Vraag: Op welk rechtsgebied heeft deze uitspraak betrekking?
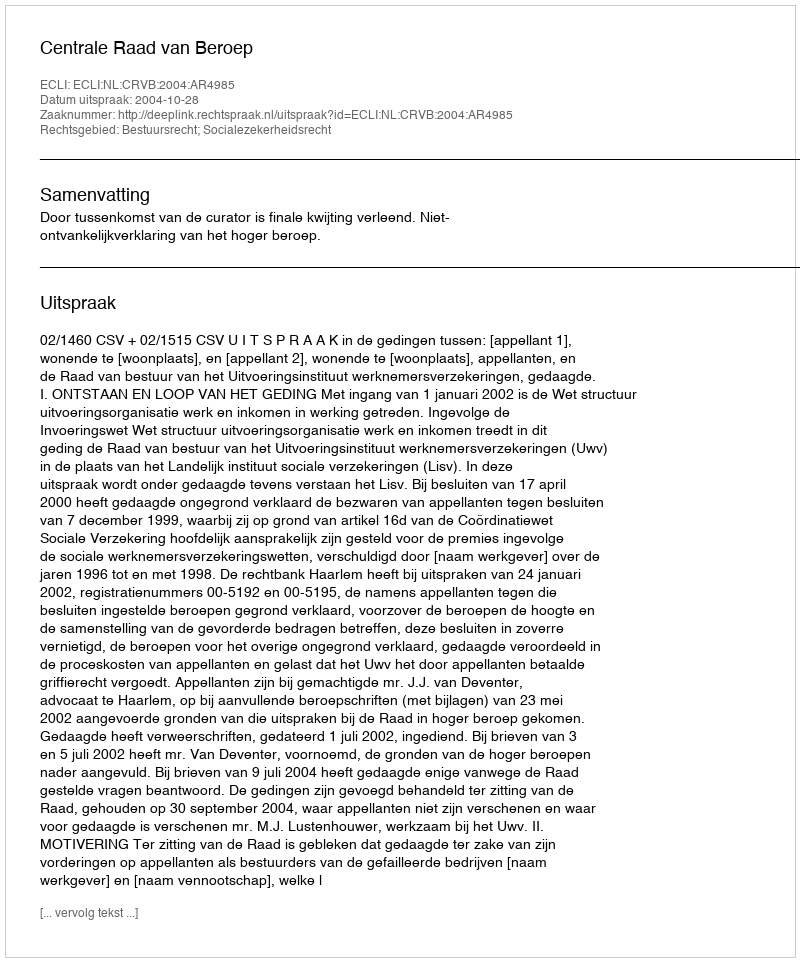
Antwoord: Bestuursrecht; Socialezekerheidsrecht